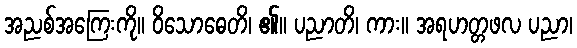
အညစ်အကြေးကို။ ဝိသောဓေတိ၊ ၏။ ပညာတိ၊ ကား။ အရဟတ္တဖလ ပညာ၊